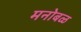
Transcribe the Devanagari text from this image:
मनोबळ